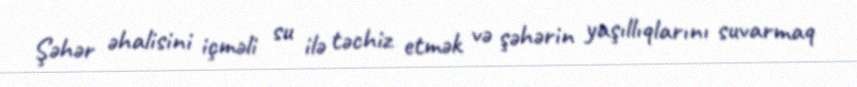
Şəhər əhalisini içməli su ilə təchiz etmək və şəhərin yaşıllıqlarını suvarmaq